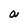
Character: a